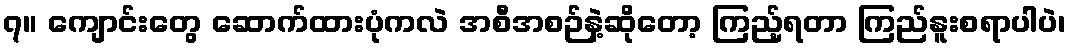
၇။ ကျောင်းတွေ ဆောက်ထားပုံကလဲ အစီအစဉ်နဲ့ဆိုတော့ ကြည့်ရတာ ကြည်နူးစရာပါပဲ၊